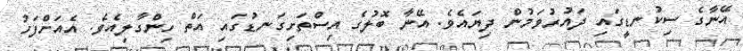
އޭނާގެ ސިކުނޑީގައި ދައުރުވަމުން ދިޔައެވެ. އޭނާ ބޮލުގެ އިސްތަށިގަނޑުގައި އަތް ހިންގާލިއެވެ. އެއަށްފަހު